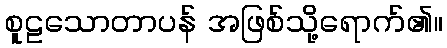
စူဠသောတာပန် အဖြစ်သို့ရောက်၏။